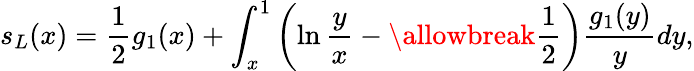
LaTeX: s_{L}(x)=\frac{1}{2}g_{1}(x)+\int_{x}^{1}\left(\ln\frac{y}{x}-\allowbreak\frac{1}{2}\right)\frac{g_{1}(y)}{y}dy,